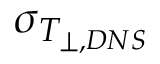
\sigma _ { T _ { \perp , D N S } }